system: You are a helpful assistant.
user:
Analyze the provided spectrum to determine if it is a **M-type Giant (gM)**.

A M-type Giant spectrum is defined by its **strong molecular absorption** features, particularly from **Titanium Oxide (TiO)**. You must check for one of the following mutually exclusive signatures:

- **Key Visual Indicators (Absorption-Dominated Spectrum):**

    - **(Primary):** The spectrum is dominated by strong molecular absorption from **Titanium Oxide (TiO)**. This is the **defining feature** of its M-type temperature class.
        - **(Key Bandheads):** Look for sharp, "saw-tooth" absorption valleys. The strongest are located near **~7050 Å**, **~6160 Å**, and **~5170 Å**.
        - **(Line Profile):** The "saw-tooth" morphology is critical: a **sharp, steep drop on the BLUE (short-wavelength) side** of the bandhead, followed by a gradual recovery (rising flux) towards the RED (long-wavelength) side.

    - **(Key Confirmation - Giant vs. Dwarf):** **ABSENCE** of strong **Calcium Hydride (CaH)** molecular bands. This is the primary diagnostic for *excluding* M-dwarfs.
        - **(Key Region):** The spectrum should lack the strong, broad absorption band seen in dwarfs between **~6800 Å and ~7000 Å**.

    - **(Secondary Confirmation - Giant):** A very strong and broad **Neutral Calcium (Ca I)** atomic absorption line.
        - **(Key Line):** Located at **~4226 Å**. In a giant (gM), this line is significantly deeper and broader than the same line in an M-dwarf (dM) due to low surface gravity.

    - **(Overall Spectrum):**
        - The continuum is **extremely red-sloping** (i.e., flux is very low in the blue and rises dramatically towards the red).
        - The entire spectrum appears "chopped up" by the deep TiO bands.

Think first, call **spectral_visualization_tool** if needed to examine features in detail, then provide your final answer. Your response must adhere to the following strict rules:
1.  **Overall Structure:** Your response must follow the format `<think>...</think> <tool_call>...</tool_call> (if a tool is used) <answer>...</answer>`.
2.  **Tool Usage Constraint:** You may only make **one** tool call per turn.
3.  **Final Answer Format:** In the `<answer>` tag, your conclusion must be inside a `\boxed{}` command (e.g., `\boxed{YES}` or `\boxed{NO}`), followed by your justification.

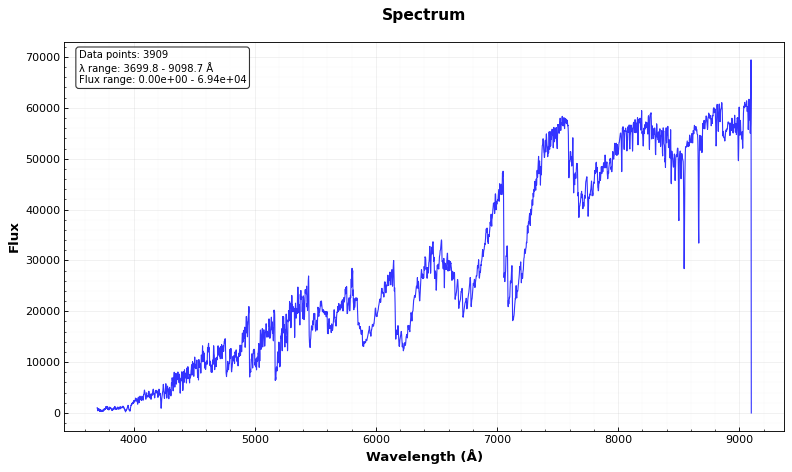
Answer: YES